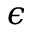
\epsilon